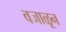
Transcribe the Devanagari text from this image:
वजाळून